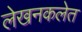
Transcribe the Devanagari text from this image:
लेखनकलेत